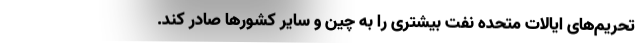
تحریم‌های ایالات متحده نفت بیشتری را به چین و سایر کشورها صادر کند.